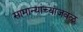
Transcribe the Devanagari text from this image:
सामान्यांच्याजवळ